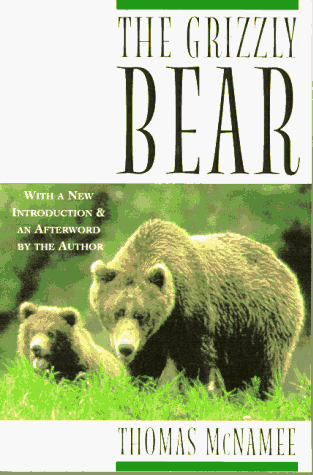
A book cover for Grizzly Bear; Thomas McNamee; Sports & Outdoors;